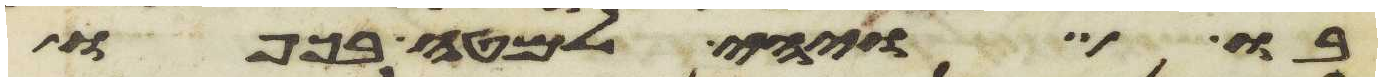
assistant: בו ויהי למטה בכפו